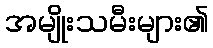
အမျိုးသမီးများ၏